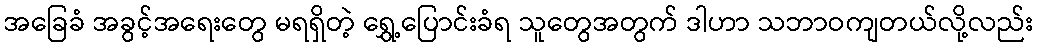
အခြေခံ အခွင့်အရေးတွေ မရရှိတဲ့ ရွှေ့ပြောင်းခံရ သူတွေအတွက် ဒါဟာ သဘာဝကျတယ်လို့လည်း